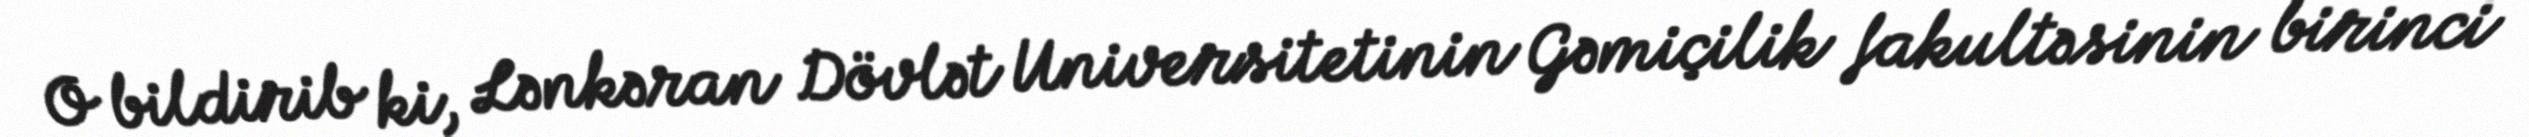
O bildirib ki, Lənkəran Dövlət Universitetinin Gəmiçilik fakultəsinin birinci